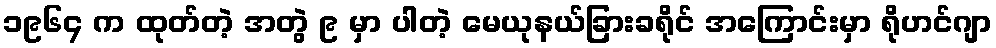
၁၉၆၄ က ထုတ်တဲ့ အတွဲ ၉ မှာ ပါတဲ့ မေယုနယ်ခြားခရိုင် အကြောင်းမှာ ရိုဟင်ဂျာ